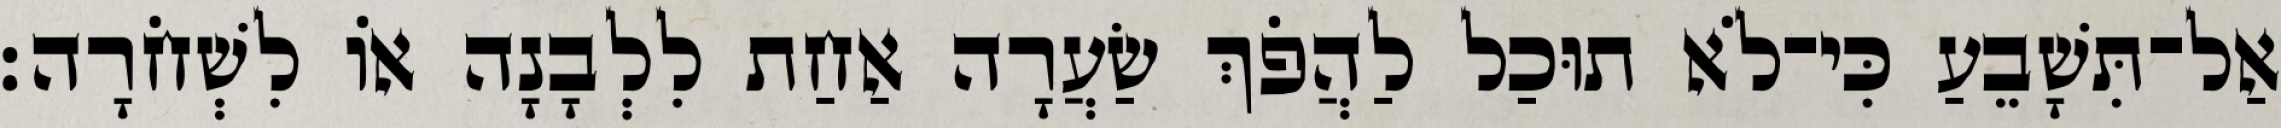
אַל־תִּשָׁבֵעַ כִּי־לֹא תוּכַל לַהֲפֹךְ שַׂעֲרָה אַחַת לִלְבָנָה אוֹ לִשְׁחֹרָה׃